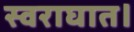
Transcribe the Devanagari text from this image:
स्वराघात।